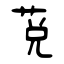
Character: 莌